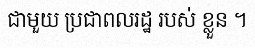
ជាមួយ ប្រជាពលរដ្ឋ របស់ ខ្លួន ។